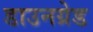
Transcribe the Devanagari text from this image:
डाउनग्रेड